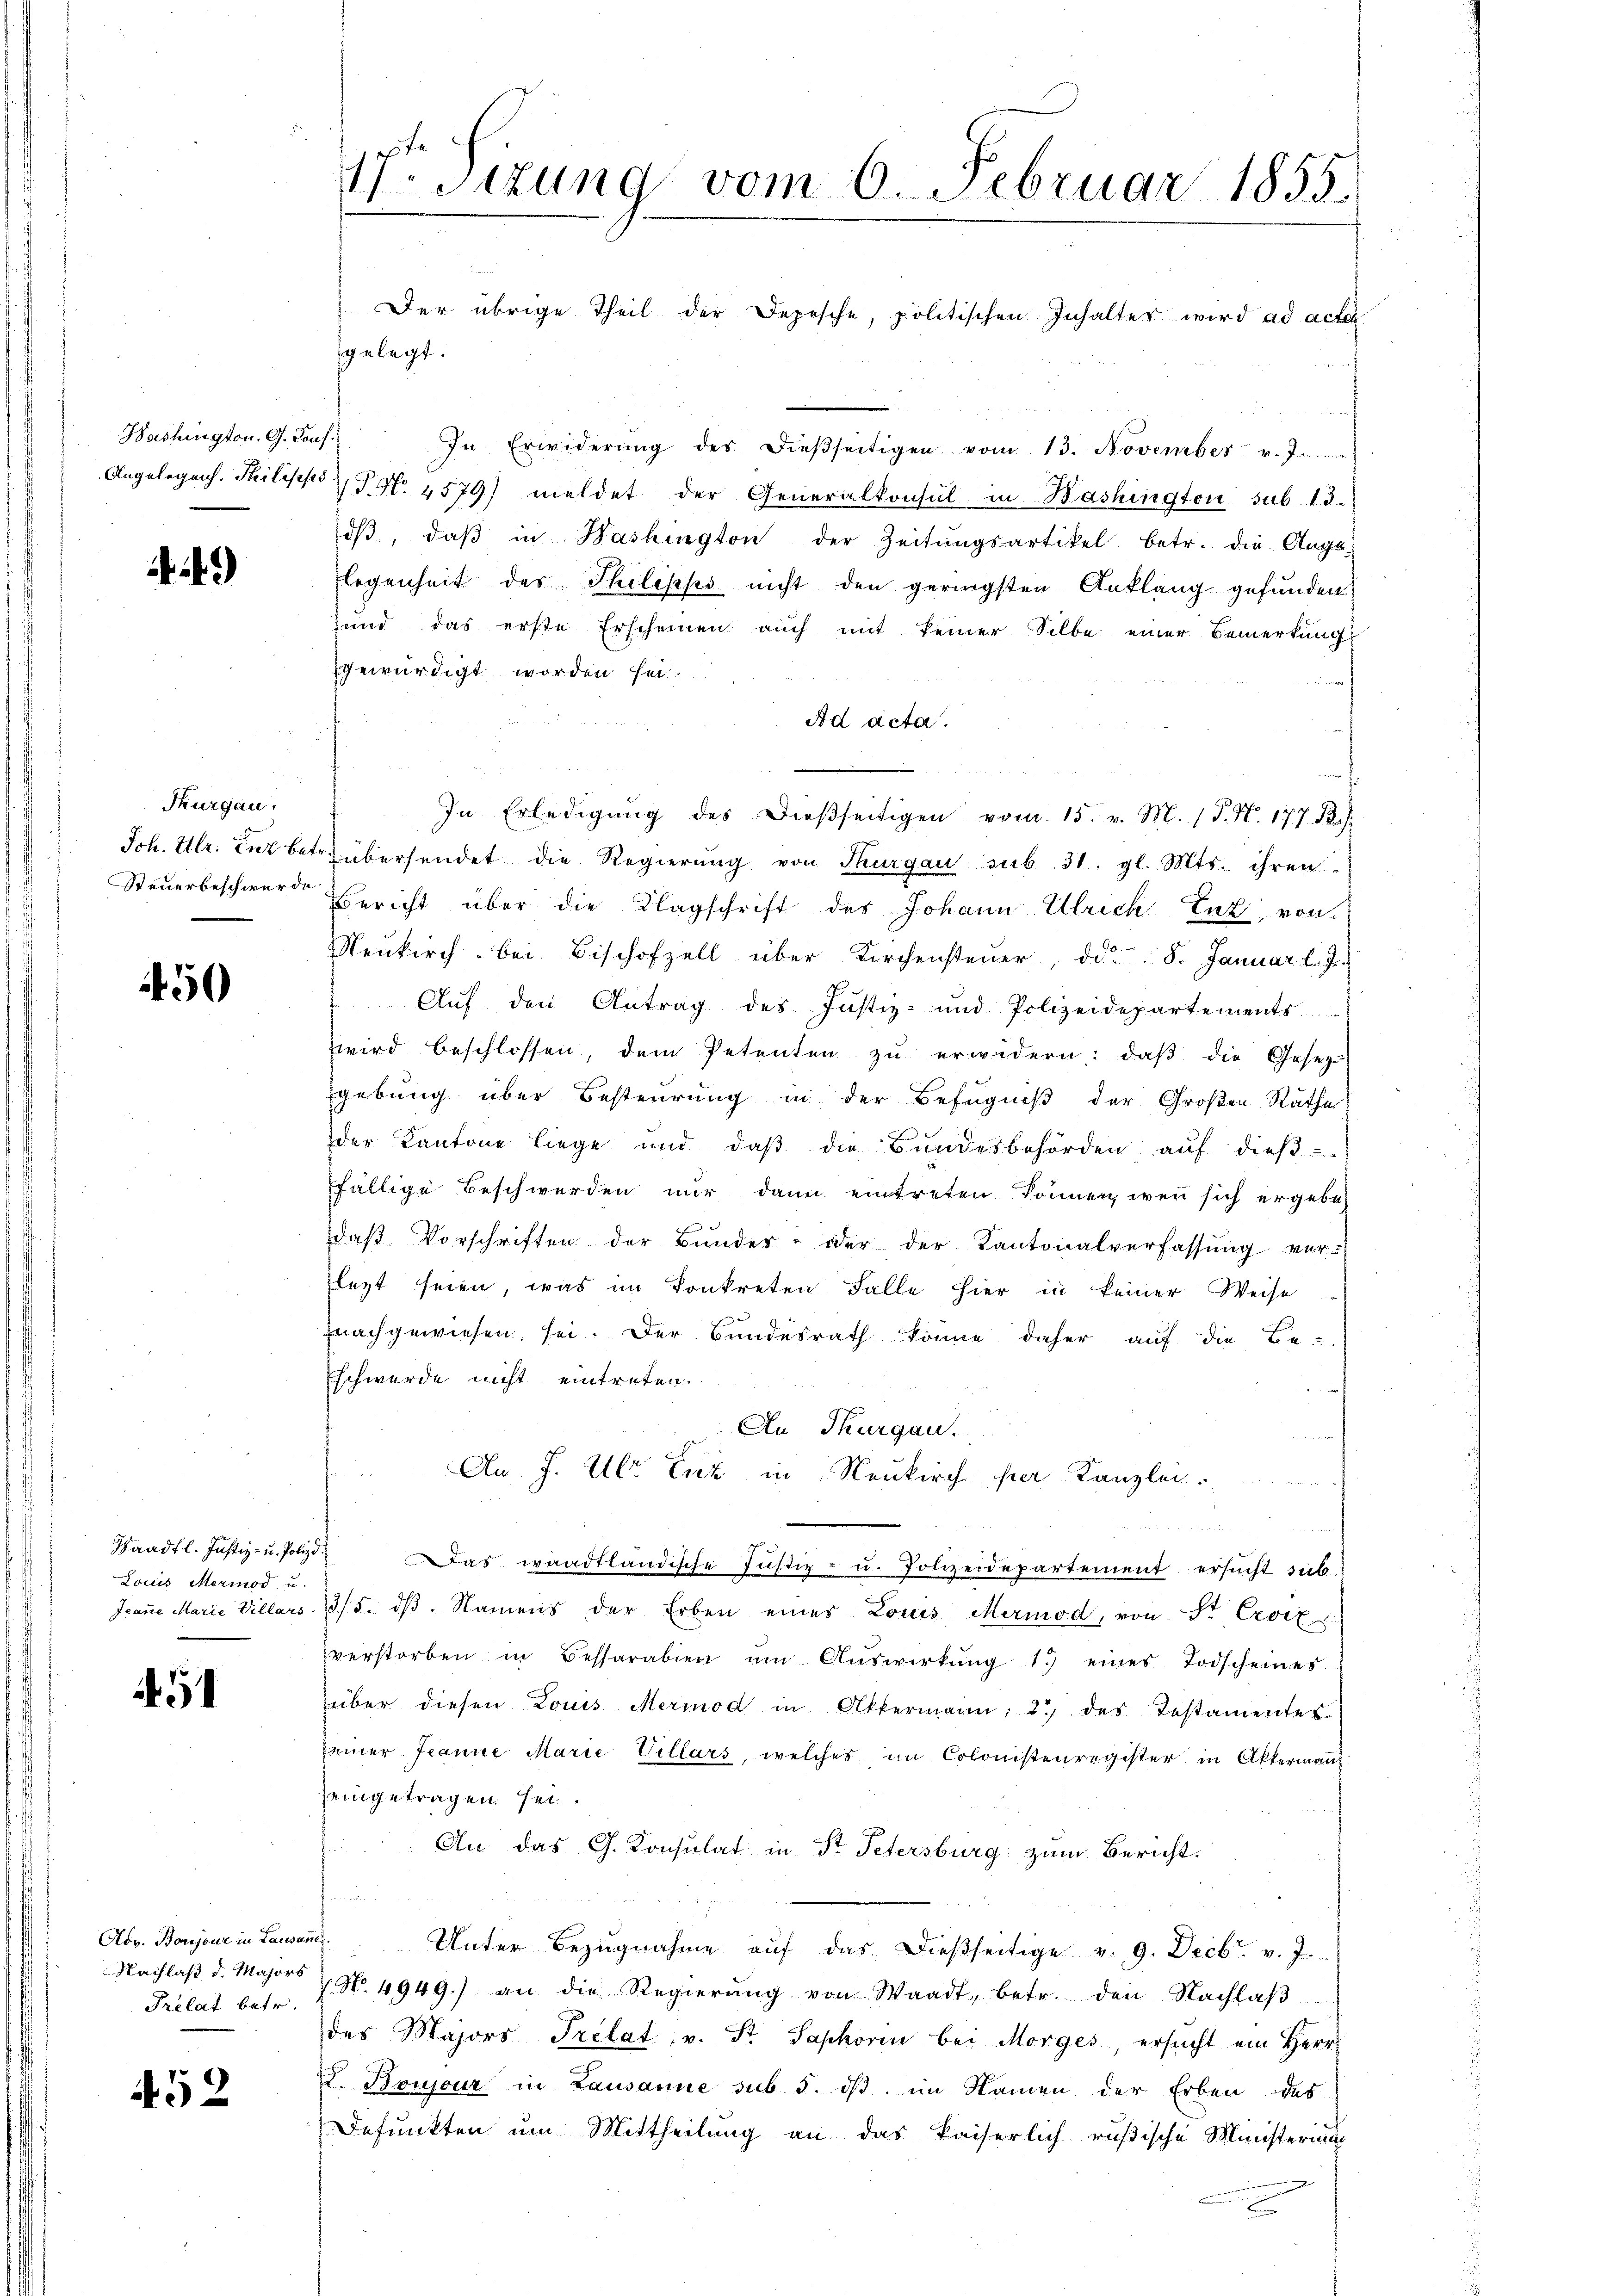
Washington. G. Conf

49

Thurgau.
Steuerbeschwerde

450

Waadt l. Justiz- u. Polize
Louis Meriod u.
Jeane Marie Villars

51

Abv. Boujour in Lausane.
Nachlaß d. Majors
Prelat betr.

452

17. Sitzung vom 6. Februar 1855.
Der übrige Theil der Depesche, politischen Inhalter wird ad acte
gelegt.

In Erwiderŭng des dieβseitigen vom 13. November v. J.
Angelegens. Philipps, No 1579) meldet der Generalkonsul in Bashington sub. 13.
dβ, daβ in Washington der Zeitŭngsartikel betr. die Ange-
legenheit des Thilipps nicht den geringsten Anklang gefunden,
und das erste Erscheinen auch mit keiner Silbe einer Bemerkung
gewürdigt worden sei.
Ad acta.
In Erledigŭng des dieβseitigen vom 15. v. M. (T. N. 177 B.
Joh. Ulr. der betrübersendet die Regierŭng von Thurgau sub 31. gl. Mts. ihren
Bericht über die Klagschrift des Johann Ulrich Enz, von
Neukirch bei Bischofzell über Kirchensteŭer, d. 8. Januar l. J.
Aŭf den Antrag des Justiz- und Polizeidepartements
zwird beschlossen, dem Petenten zŭ erwidern: daβ die Gesetz-
gebung über Besteurung in der Befugniβ der Großen Rathe
der Kantone liege und daß die Bundesbehörden auf dies
fällige Beschwerden nur dann eintreten können, wenn sich ergebe,

daβ Vorschriften der Bŭndes- oder der Kantonalverfassŭng ver-
lezt seien, was im Konkreten Falle hier in keiner Weise
nachgewiesen sei. Der Bundesrath könne daher auf die Be-
Esch werde nicht eintreten.
An Thurgau.
An J. Ulr. Fick in Neukirch per Kanzlei.
un
i
Das waadtländische Justiz- u. Polizeidepartement ersucht sieb
3/5. dβ. Namens der Erben eines Louis Mermod, von Sr. Croix
verstorben in Bessarabien ŭm Aŭswirkŭng 1) eines Todscheines
über diesen Louis Mermod in Ottermann; 2) des Testamentes
seiner Jeanne Marie Villars, welches im Colonistenregister in Aktermanz
zeingetragen sei.
An das G. Konsulat in Dr. Petersburg zum Bericht.
Unter Bezugnahme auf das dießseitige v. 9. Decbr. v. J.
7. No. 4949.) an die Regierŭng von Waadt, betr. den Nachlaβ
des Majors Prelat, v. Fr. Saphorin bei Morges, ersucht ein Herr
I. Boujour in Lausanne sub 5. dß. im Namen der Erben des
Defunkten um Mittheilung an das kaiserlich rußische Ministerium

e